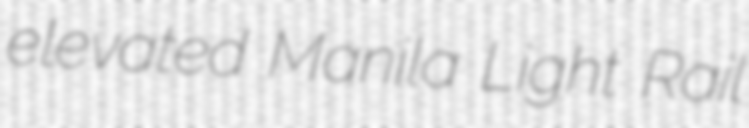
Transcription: elevated Manila Light Rail